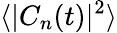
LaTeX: \langle|C_{n}(t)|^{2}\rangle